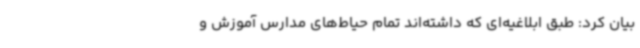
بیان کرد: طبق ابلاغیه‌ای که داشته‌اند تمام حیاط‌های مدارس آموزش و